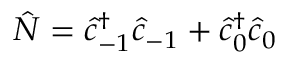
\hat { N } = \hat { c } _ { - 1 } ^ { \dagger } \hat { c } _ { - 1 } + \hat { c } _ { 0 } ^ { \dagger } \hat { c } _ { 0 }